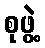
စုဖွဲ့